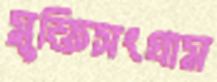
মুক্তিসংগ্রাম